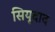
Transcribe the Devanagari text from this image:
सियूदाद